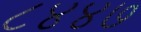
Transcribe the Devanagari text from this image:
८४४७